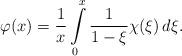
LaTeX: \begin{align*} \varphi(x) = \frac{1}{x}\int\limits_0^x \frac{1}{1-\xi}\chi(\xi)\, d\xi .\end{align*}